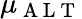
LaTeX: \mu_{\mathrm{~A~L~T~}}